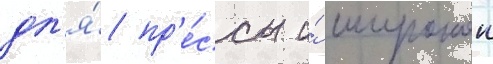
дл'я́ пр'е́ссы и́ широкои